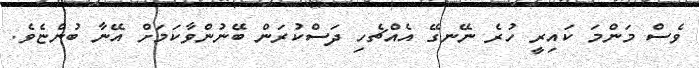
ވެސް މަންމަ ކައިރީ ހުރެ ނޭނގޭ އެއްޗެހި ދަސްކުރަން ބޭނުންވާކަމަށް އޭނާ ބުންޏެވެ.